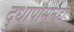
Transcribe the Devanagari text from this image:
दुधापासूनही